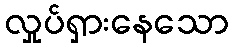
လှုပ်ရှားနေသော